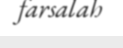
farsalah